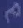
e